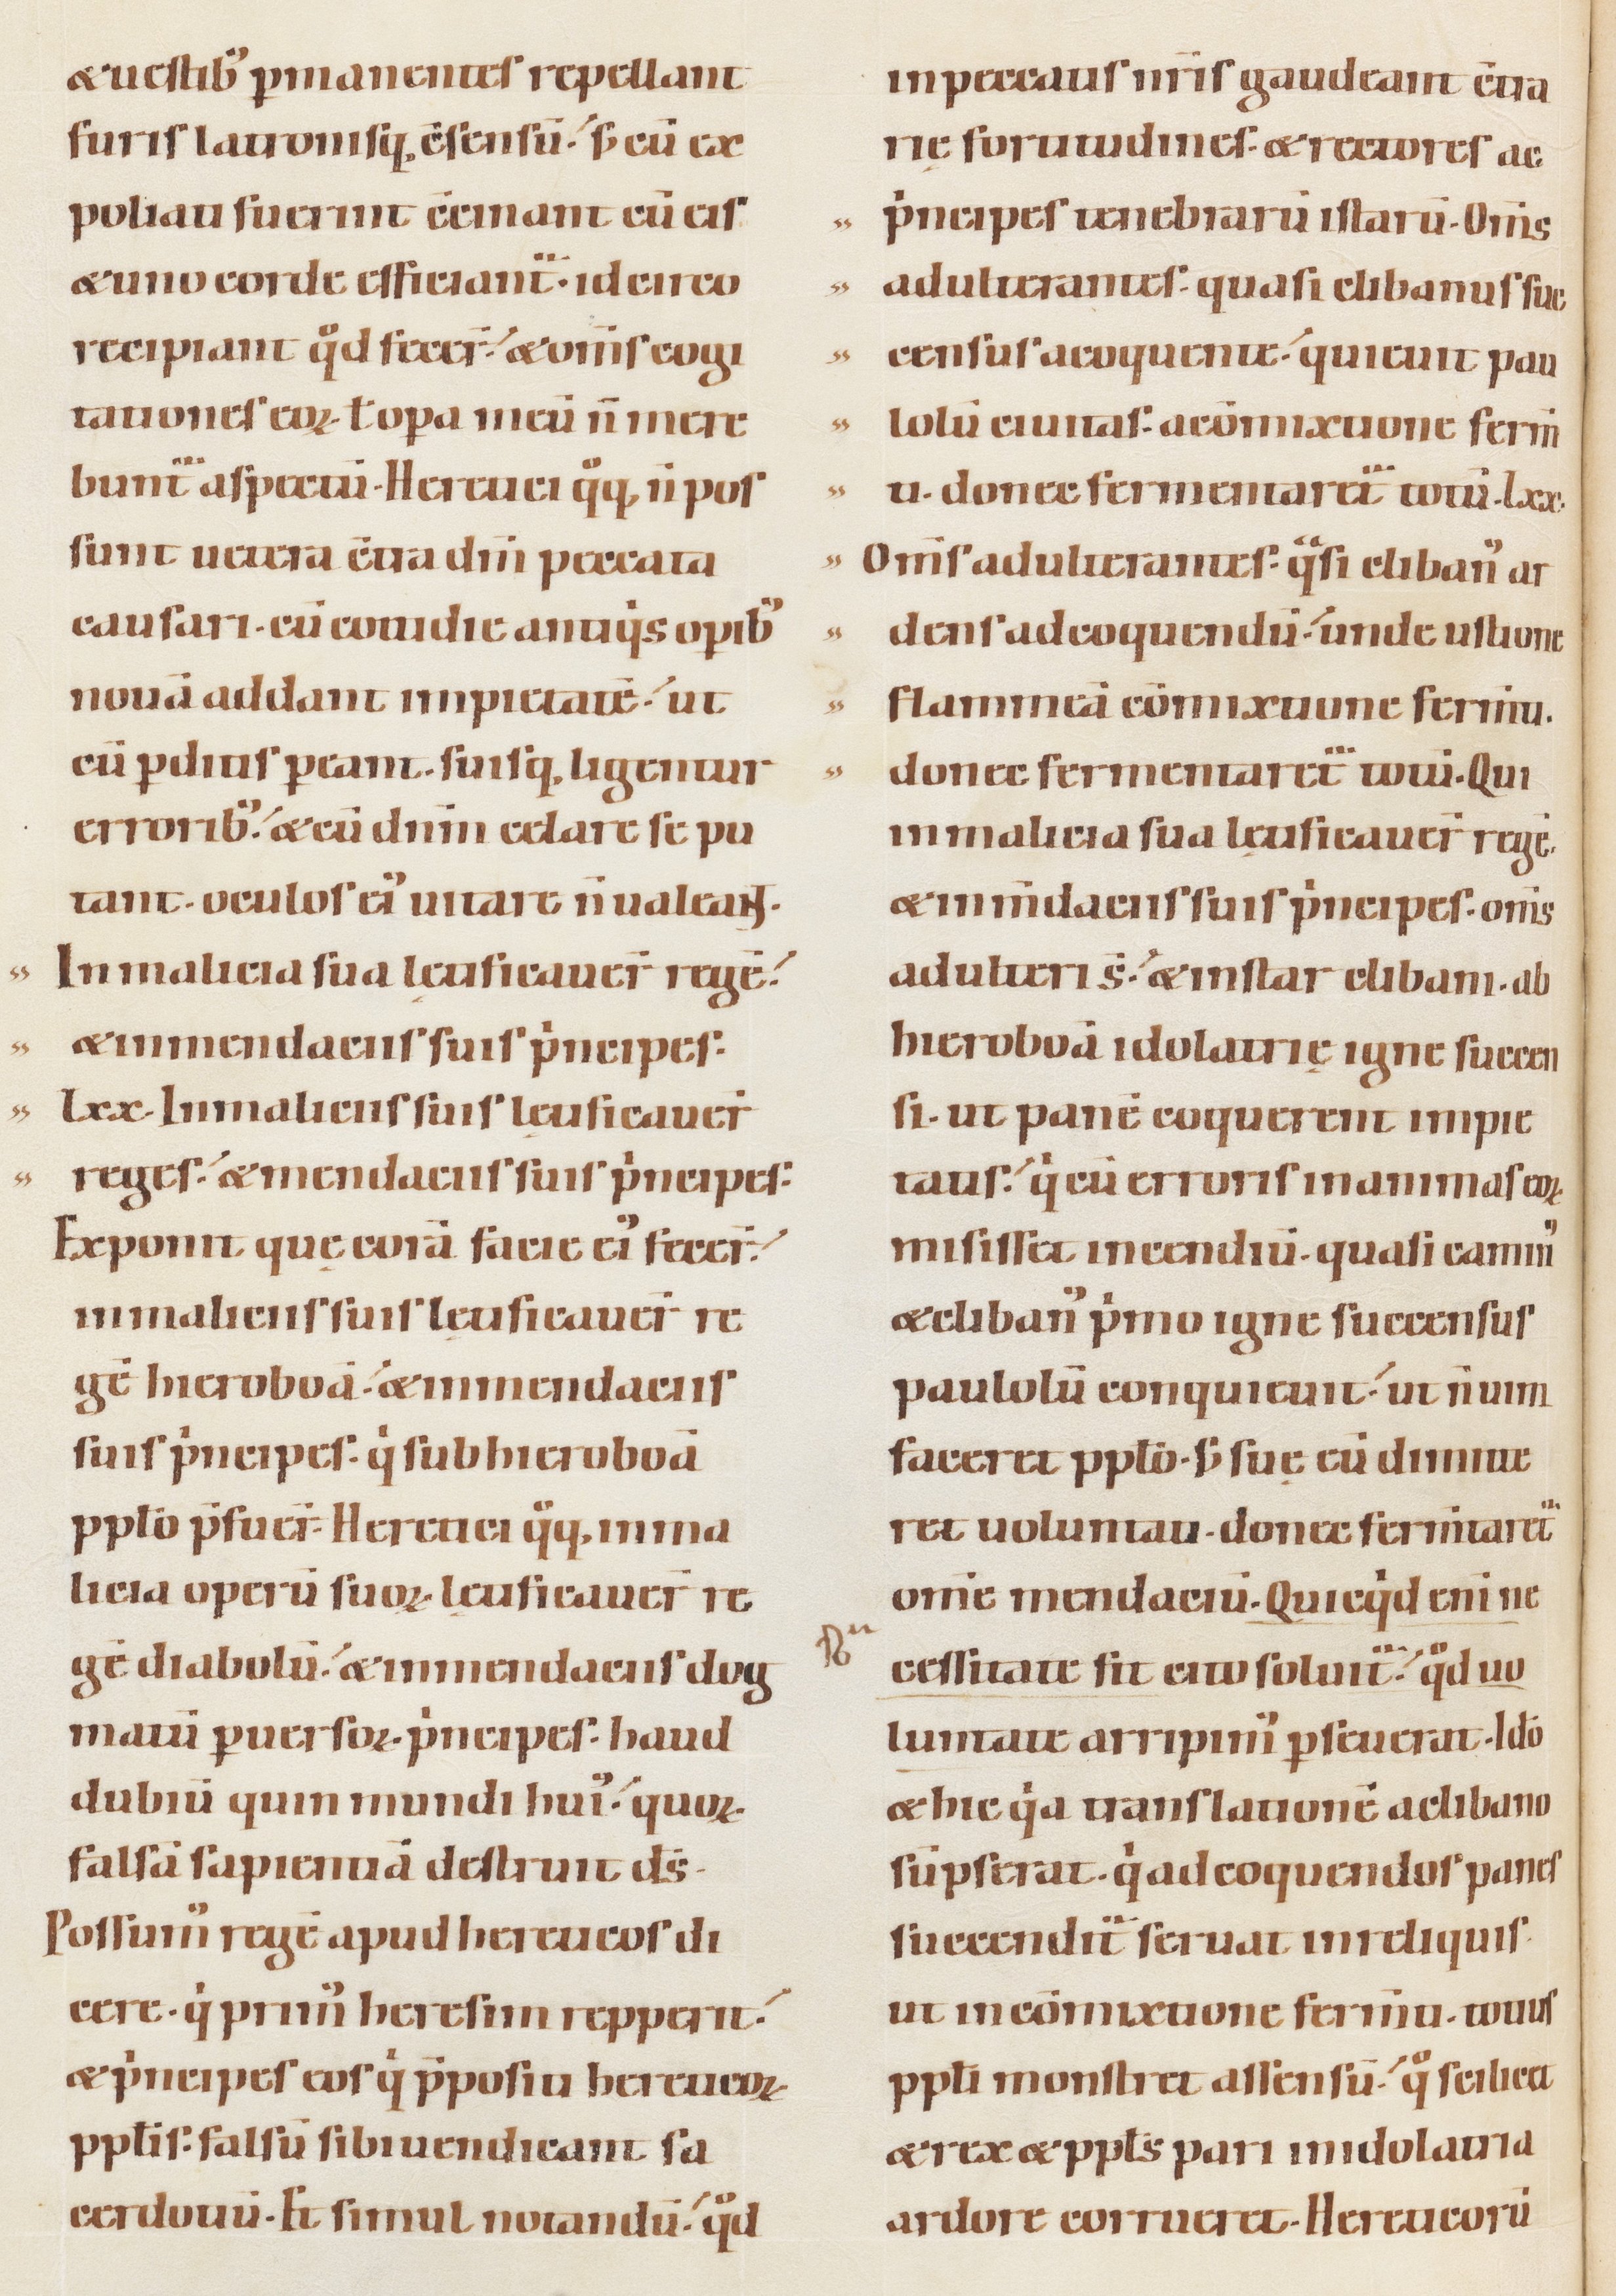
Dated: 1100–1130